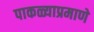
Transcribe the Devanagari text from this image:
पाकळ्याप्रमाणे